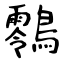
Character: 䴇